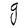
Character: g